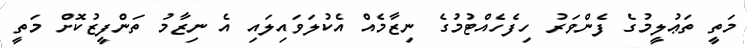
މަތީ ތަޢުލީމުގެ ފެންވަރު ހިފެހެއްޓުމުގެ ނިޒާމެއް އެކުލަވައިލައި އެ ނިޒާމު ތަންފީޒުކޮށް މަތީ